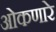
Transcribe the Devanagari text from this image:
ओकणारे